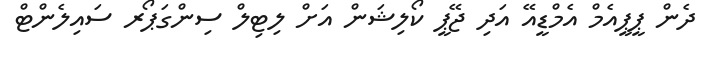
ދެން ޕީޕީއެމް އެމްޑީއޭ އަދި ޖޭޕީ ކޯލިޝަން އަށް ލިޓިލް ސިންގަޕޯރ ސައިލެންޓް